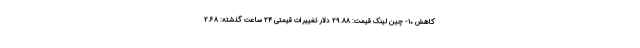
کاهش ۱۰- چین لینک قیمت: ۲۹.۸۸ دلار تغییرات قیمتی ۲۴ ساعت گذشته: ۲.۶۸